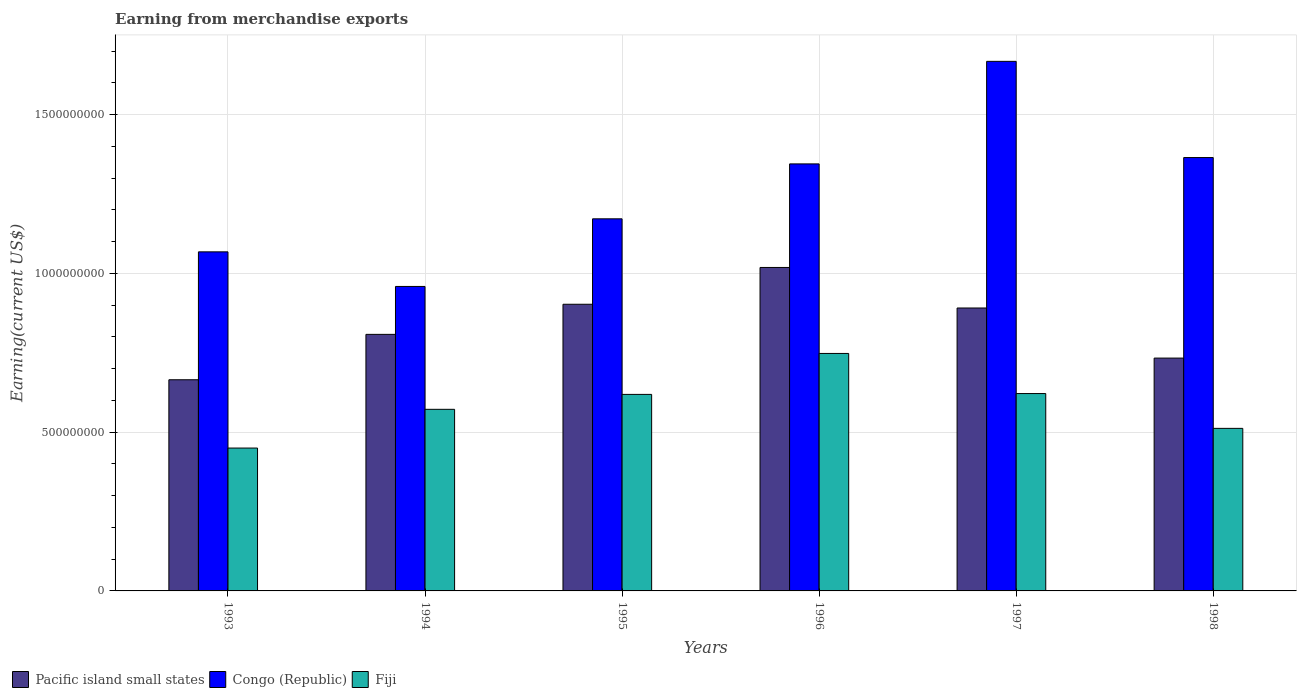
| Years | Pacific island small states | Congo (Republic) | Fiji |
 | --- | --- | --- | --- |
 | 1993 | 6.65e+08 | 1.07e+09 | 4.5e+08 |
 | 1994 | 8.08e+08 | 9.59e+08 | 5.72e+08 |
 | 1995 | 9.03e+08 | 1.17e+09 | 6.19e+08 |
 | 1996 | 1.02e+09 | 1.34e+09 | 7.48e+08 |
 | 1997 | 8.91e+08 | 1.67e+09 | 6.22e+08 |
 | 1998 | 7.33e+08 | 1.36e+09 | 5.12e+08 |